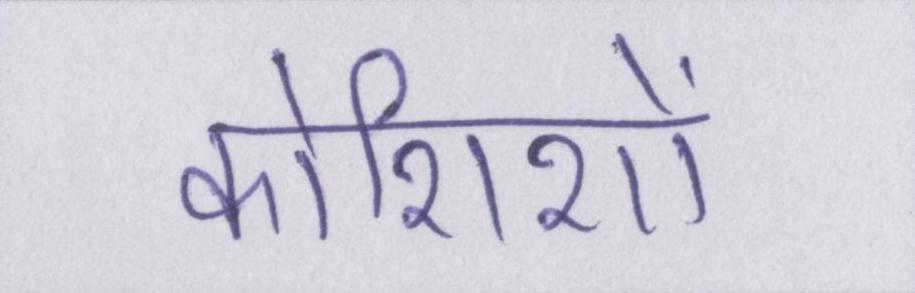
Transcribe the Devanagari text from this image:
कोशिशों